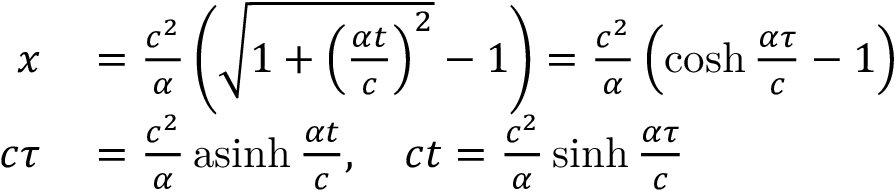
\begin{array} { r l } { x } & { { } = { \frac { c ^ { 2 } } { \alpha } } \left( { \sqrt { 1 + \left( { \frac { \alpha t } { c } } \right) ^ { 2 } } } - 1 \right) = { \frac { c ^ { 2 } } { \alpha } } \left( \cosh { \frac { \alpha \tau } { c } } - 1 \right) } \\ { c \tau } & { { } = { \frac { c ^ { 2 } } { \alpha } } \operatorname { a s i n h } { \frac { \alpha t } { c } } , \quad c t = { \frac { c ^ { 2 } } { \alpha } } \sinh { \frac { \alpha \tau } { c } } } \end{array}